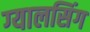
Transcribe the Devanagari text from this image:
ग्‍यालसिंग